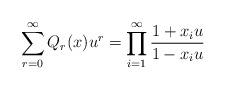
LaTeX: \begin{align*}\sum_{r=0}^\infty Q_r(x)u^r=\prod_{i=1}^{\infty}\frac{1+x_iu}{1-x_iu}\end{align*}